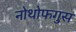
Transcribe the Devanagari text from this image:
नोथोफगुस